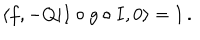
\langle f , - Q | I \circ g \circ I , 0 \rangle = 1 \, .